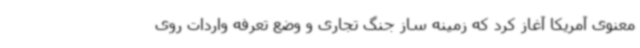
معنوی آمریکا آغاز کرد که زمینه ساز جنگ تجاری و وضع تعرفه واردات روی